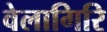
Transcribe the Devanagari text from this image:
वेलागिरि